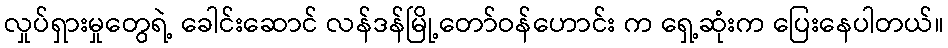
လှုပ်ရှားမှုတွေရဲ့ ခေါင်းဆောင် လန်ဒန်မြို့တော်ဝန်ဟောင်း က ရှေ့ဆုံးက ပြေးနေပါတယ်။